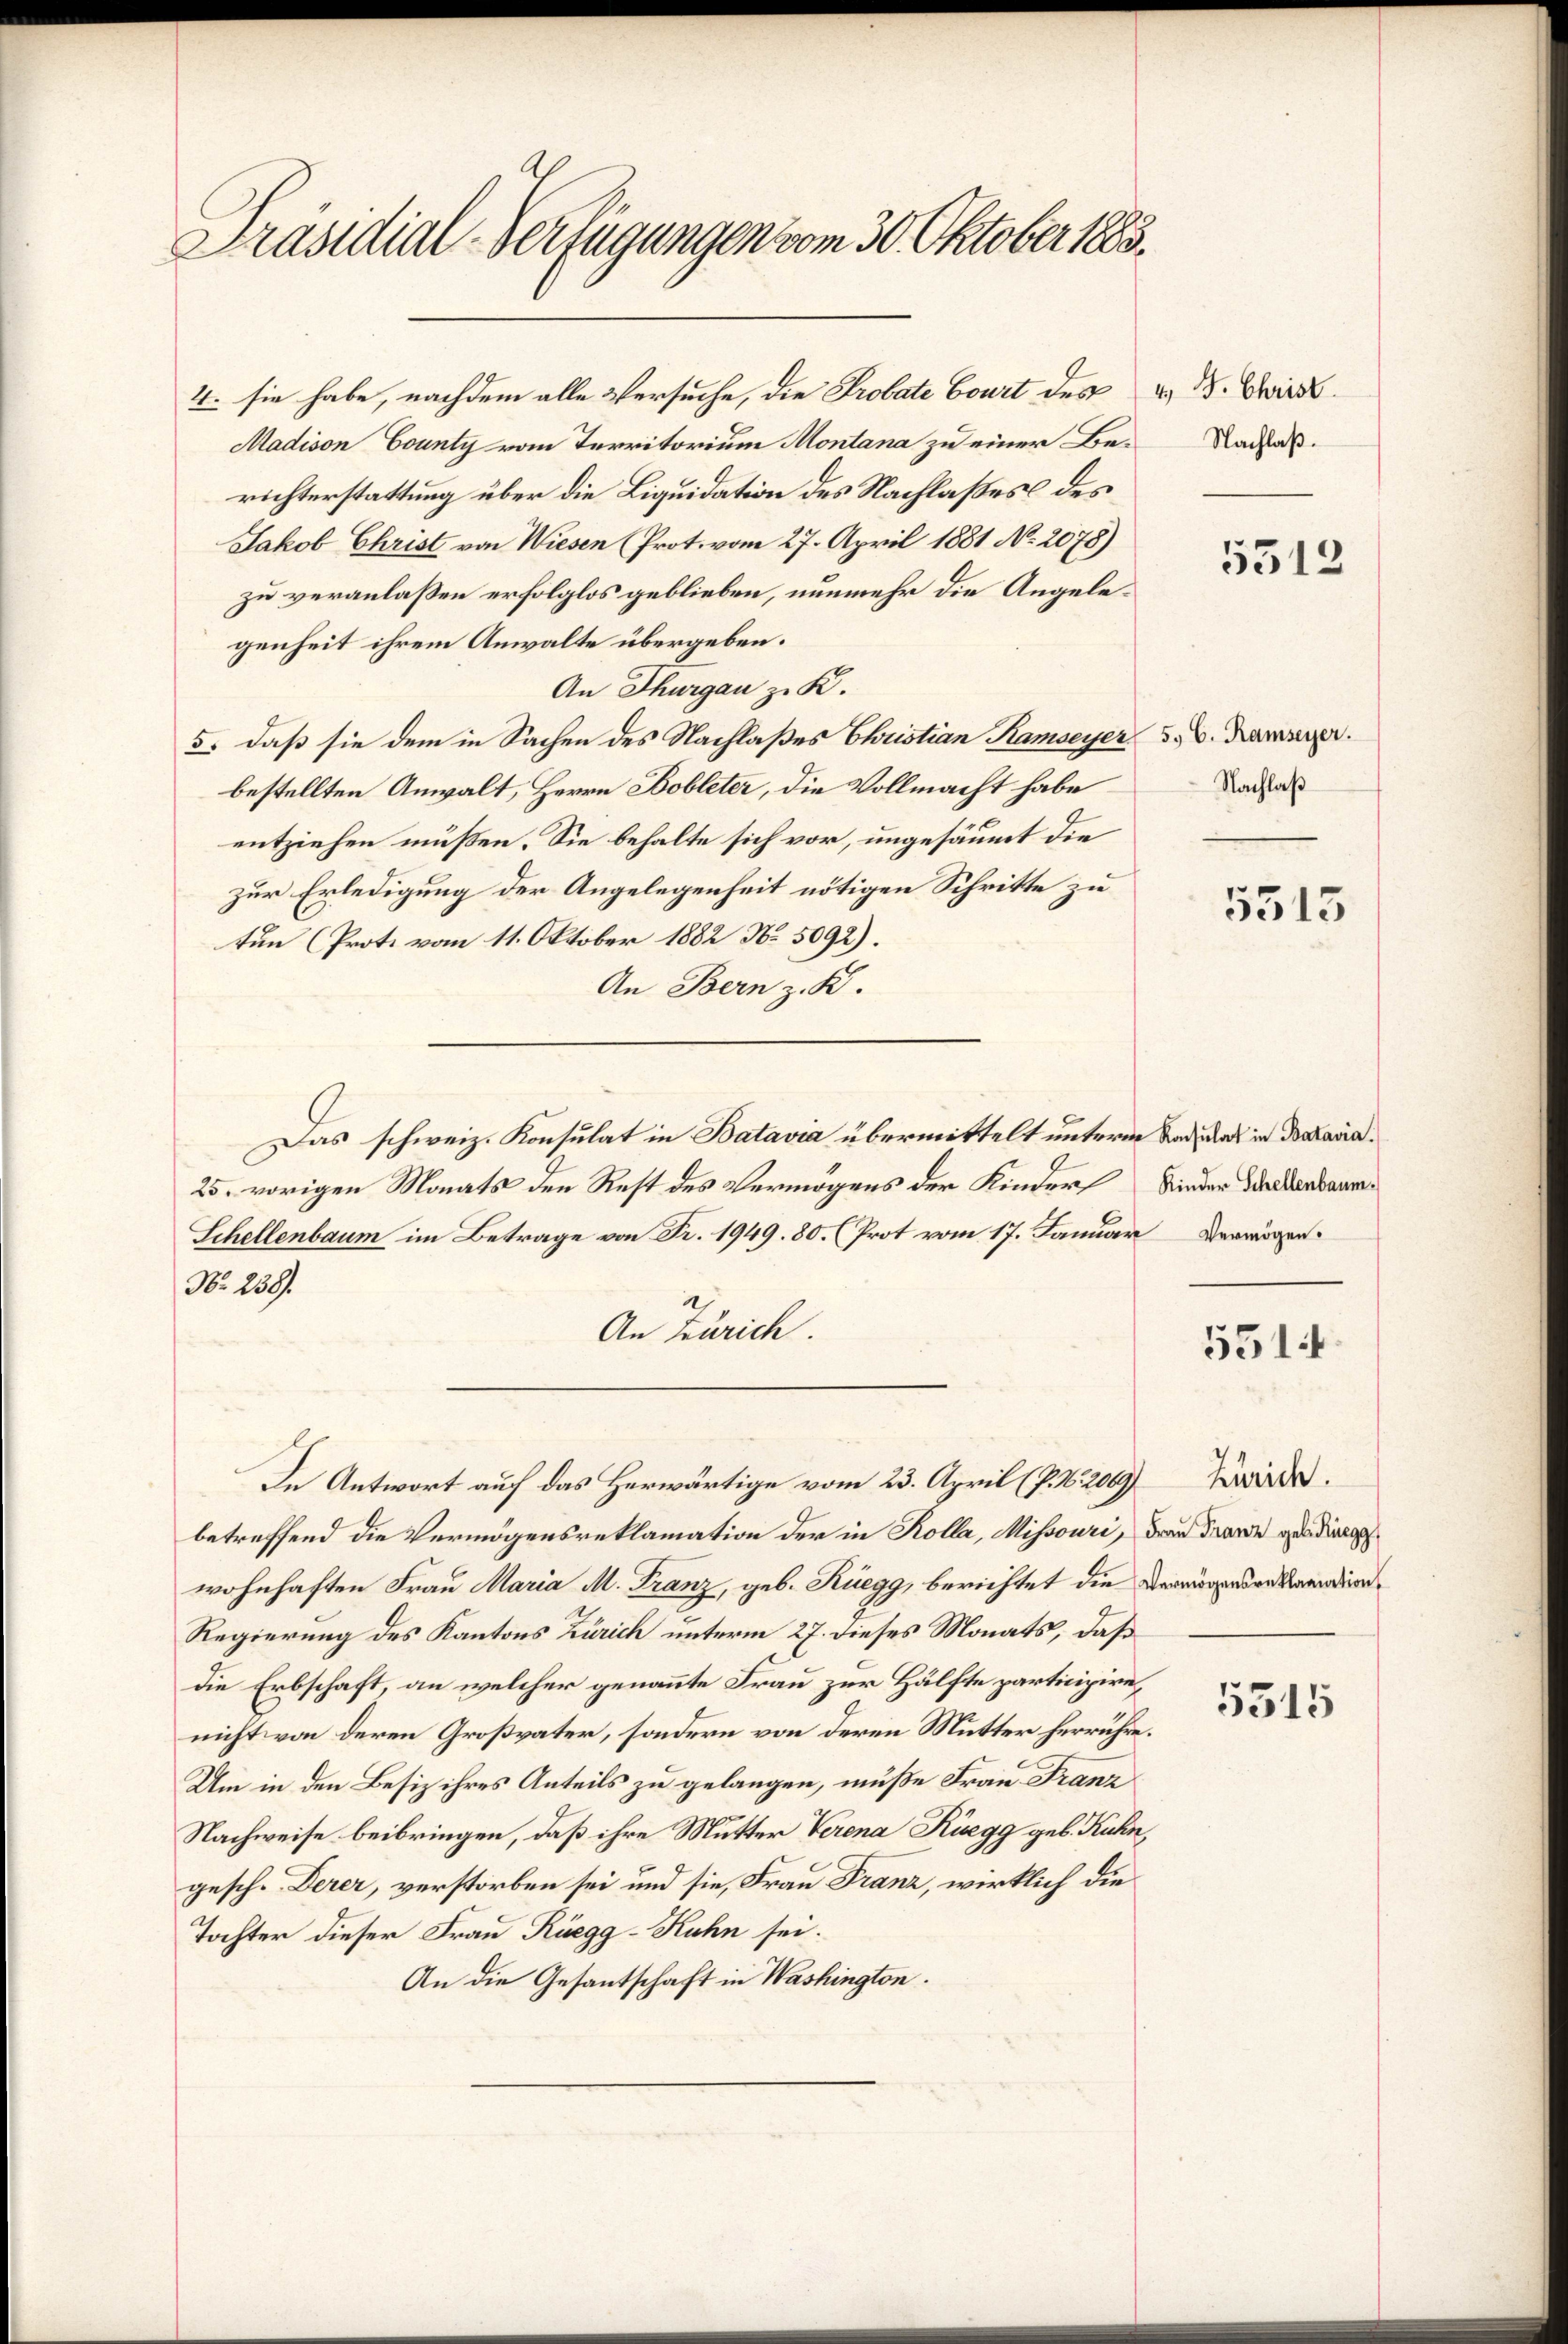
Präsidial-Verfügungen vom 30. Oktober 1885.

4. sie habe, nachdem alle Versuche, die Probate Court des
Madison County vom Territorium Montana zu einer Berichterstattung über die Liquidation des Nachlaßes des
Jakob Christ von Wiesen (Prot. vom 27. April 1881 No 2078)
zu veranlaßen erfolglos geblieben, nunmehr die Angelegenheit ihrem Anwalte übergeben.
An Thurgau z. K.
5. daß sie dem in Sachen des Nachlaßes Christian Ramseyer 5. v. Kamer.
bestellten Anwalt, Herrn Bobleter, die Vollmacht habe
entziehen müßen. Sie behalte sich vor, ungesäumt die
zur Erledigung der Angelegenheit nötigen Schritte zu
tun (Prote vom 11. Oktober 1882 No 5092).
An Bern z. K.
Das schweiz. Konsulat in Batavia übermittelt untere Badeat in Balaria¬
25. vorigen Monats den Rest des Vermögens der Kinder
Schellenbaum im Betrage von Fr. 1949. 80. (Prot vom 17. Januar Vermögen.
No. 238.
An Zürich.
In Antwort auf das Herwärtige vom 23. April (p. N. 200 Werde.
betreffend die Vermögensreklamation der in Kolla, Missouri, das Franz geding
wohnhaften Frau Maria M. Franz, geb. Rüegg, berichtet die Vermögensentwending
Regierung des Kantons Zürich unterm 27. dieses Monats, daß
die Erbschaft, an welcher genannte Frau zur Hälfte participire,
nicht von deren Großvater, sondern von deren Mutter herrühre
Um in den Besiz ihres Anteils zu gelangen, müße Frau Franz
Nachweise beibringen, daß ihre Mutter Verena Rüegg geb. Kuhn,
gesch. Derer, verstorben sei und sie, Frau Franz, wirklich die
Tochter dieser Frau Rüegg-Kuhn sei.
An die Gesantschaft in Washington.

4.) J. Christ
Nachlaß.

.
2

5312

Nachlaß

5513

Kinder Schellenbaum.

5514

5315